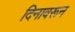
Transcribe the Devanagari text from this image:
दिनावरून